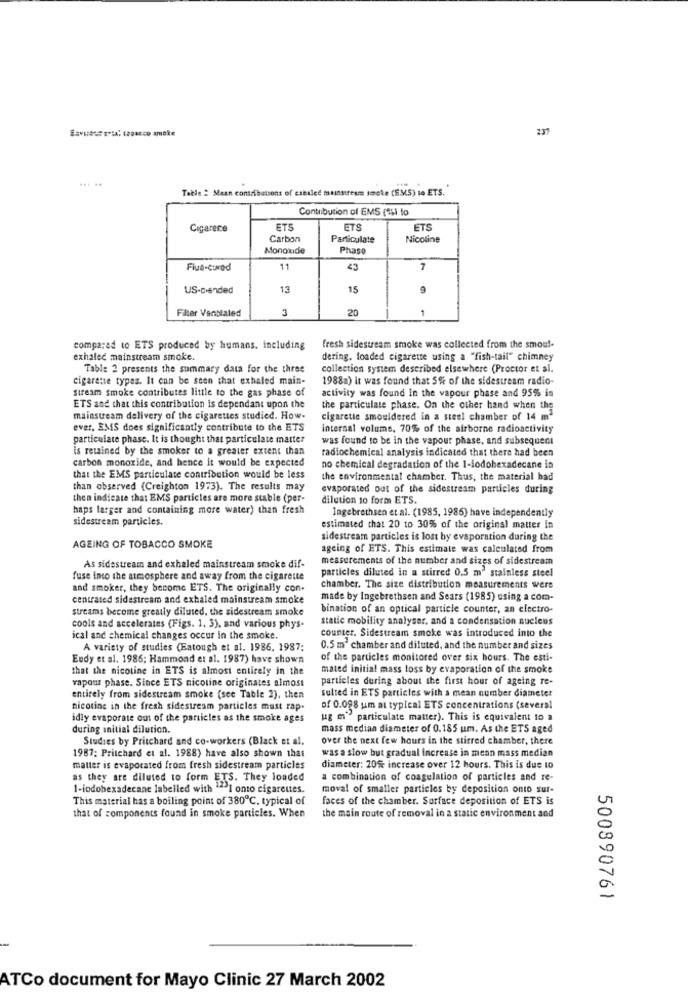
237
Table : Maan contributions of csesled mainstream smoke (EM5) to ETS.
Contribution of EMS (Si to
Cigarece
ETS
ETS
ETS
Carbon
Particulate
Nicoline
Monoxide
Phase
Flue-cured
11
43
7
US-Dended
13
15
Filter Venslaled
3
20
compared to ETS produced by humans. including
fresh sidestream smoke was collected from the smou !-
exhaleć mainstream smoke.
dering, loaded cigarette using a "fish-tail" chimney
Table 2 presents the summary data for the three
collection system described elsewhere (Proctor et al.
cigarette types. It can be seen that exhaled main-
1988a) it was found that 5% of the sidestream radio-
stream smoke contributes little to the gas phase of
activity was found In the vapour phase and 95% in
ETS and that this contribution is dependant upon the
the particulate phase. On the other hand when the
mainstream delivery of the cigarettes studied. How-
cigarette smouldered in a steel chamber of 14 m3
ever, EMS does significantly contribute to the ETS
internal volums, 70% of the airborne radioactivity
particulate phase. It is thought that particulate matter
was found to be in the vapour phase, and subsequent
is retained by the smoker to a greater extent than
radiochemical analysis indicated that there had been
carbon monoxide, and hence it would be expected
no chemical degradation of the 1-lodobexadecane in
that the EMS particulate contribution would be less
the environmental chamber. Thus, the material had
than observed (Creighton 1973). The results may
evaporated out of the sidestream particles during
then indicate that EMS particles are more stable (per-
dilution to form ETS.
haps larger and containing more water) than fresh
Ingebrethsen et al. (1985, 1986) have independently
sidestream particles.
estimated that 20 to 30% of the original matter in
sidestream particles is lost by evaporation during the
AGEING OF TOBACCO SMOKE
ageing of ETS. This estimate was calculated from
measurements of the number and sizes of sidestream
As sidestream and exhaled mainstream smoke dif-
particles diluted in a stirred 0.5 m' stainless steel
fuse into the atmosphere and away from the cigarette
and smoker, they become ETS. The originally con-
chamber. The size distribution measurements were
centrated sidestream and exhaled mainstream smoke
made by Ingebrethsen and Sears (1985) using a com-
streams become greatly diluted, the sidestream smoke
bination of an optical particle counter, an electro-
static mobility analyser, and a condensation nucleus
cools and accelerates (Figs. 1, 3), and various phys-
ical and chemical changes occur in the smoke.
counter. Sidestream smoke was introduced into the
A variety of studies (Eatough et al. 1986. 1987:
0.5 m2 chamber and diluted, and the number and sizes
Eudy et al. 1986; Hammond et al. 1987) have shown
of the particles monitored over six hours. The esti-
that the nicotine in ETS is almost entirely in the
mated initial mass loss by evaporation of the smoke
vapour phase. Since ETS nicotine originates almost
particles during about the first hour of ageing re-
sulted in ETS particles with a mean number diameter
entirely from sidestream smoke (see Table 2), then
nicotine in the fresh sidestream particles must rap.
of 0.098 um at typical ETS concentrations (several
idly evaporate out of the particles as the smoke ages
ug m" particulate matter). This is equivalent to a
during initial dilution.
mass median diameter of 0.185 um. As the ETS aged
Studies by Pritchard and co-workers (Black et al.
over the next few hours in the stirred chamber, there
was a slow but gradual increase in mean mass median
1987: Pritchard et al. 1988) have also shown that
matter is evaporated from fresh sidestream particles
diameter: 20% increase over 12 hours. This is due 10
as they are diluted to form ETS. They loaded
a combination of coagulation of particles and re-
1-iodohexadecane labelled with ""I onto cigarettes.
moval of smaller particles by deposition onto sur-
This material has a boiling point of 380℃. typical of
faces of the chamber. Surface deposition of ETS is
that of components found in smoke particles. When
the main route of removal in a static environment and
500890761
ATCo document for Mayo Clinic 27 March 2002